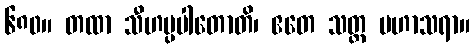
၆၈၀။ တထာ သီဟပ္ပပါတောတိ၊ ဧတေ သတ္တ မဟာသရာ။